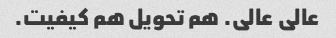
عالی عالی. هم تحویل هم کیفیت.